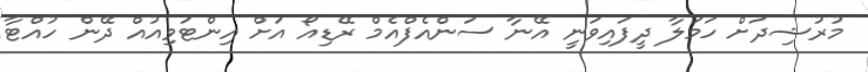
މުރުޝިދަށް ހަމަލާ ދީފައިވަނީ އޭނާ ސަންއެފްއެމް ރޭޑިއޯ އަށް އިންޓަވިއުއް ދޭން ހުއްޓާ